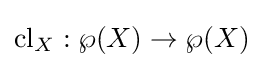
\operatorname {cl} _{X}:\wp (X)\to \wp (X)